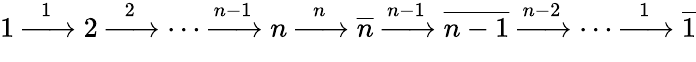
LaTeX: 1\xrightarrow[\hphantom{n-g}]{1}2\xrightarrow[\hphantom{n-g}]{2}\cdots\xrightarrow[\hphantom{n-g}]{n-1}n\xrightarrow[\hphantom{n-g}]{n}\overline{{n}}\xrightarrow[\hphantom{n-g}]{n-1}\overline{{n-1}}\xrightarrow[\hphantom{n-g}]{n-2}\cdots\xrightarrow[\hphantom{n-g}]{1}\overline{{1}}